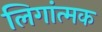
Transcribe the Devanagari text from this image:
लिगांत्मक